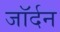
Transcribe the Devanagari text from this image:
जॉर्दन